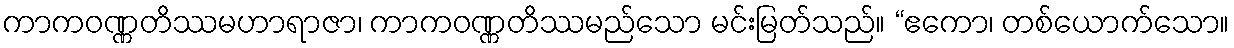
ကာကဝဏ္ဏတိဿမဟာရာဇာ၊ ကာကဝဏ္ဏတိဿမည်သော မင်းမြတ်သည်။ “ဧကော၊ တစ်ယောက်သော။